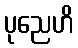
ပုညေဟိ